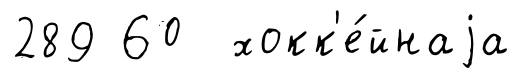
289 60 хокк'е́йнаjа